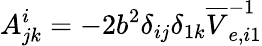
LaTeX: A_{jk}^{i}=-2b^{2}\delta_{ij}\delta_{1k}\overline{{V}}_{e,i1}^{-1}